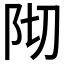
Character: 𮤺